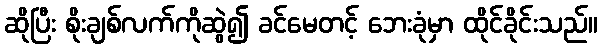
ဆိုပြီး စိုးချစ်လက်ကိုဆွဲ၍ ခင်မေတင့် ဘေးခုံမှာ ထိုင်ခိုင်းသည်။